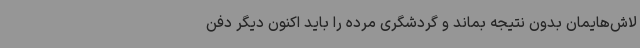
لاش‌هایمان بدون نتیجه بماند و گردشگری مرده را باید اکنون دیگر دفن